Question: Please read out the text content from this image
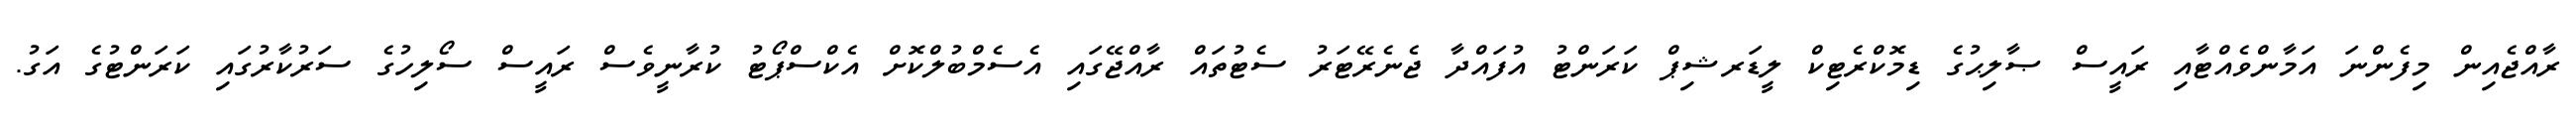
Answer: ރާއްޖެއިން މިފެންނަ އަމާންވެއްޓާއި ރައީސް ޞާލިޙުގެ ޑިމޮކްރެޓިކް ލީޑަރޝިޕް ކަރަންޓު އުފައްދާ ޖެނެރޭޓަރު ސެޓުތައް ރާއްޖޭގައި އެސެމްބުލްކޮށް އެކްސްޕޯޓު ކުރާނީވެސް ރައީސް ސޯލިހުގެ ސަރުކާރުގައި ކަރަންޓުގެ އަގު.